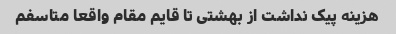
هزینه پیک نداشت از بهشتی تا قایم مقام واقعا متاسفم